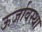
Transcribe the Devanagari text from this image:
ऊर्जावस्था